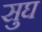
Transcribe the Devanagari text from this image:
सुघ